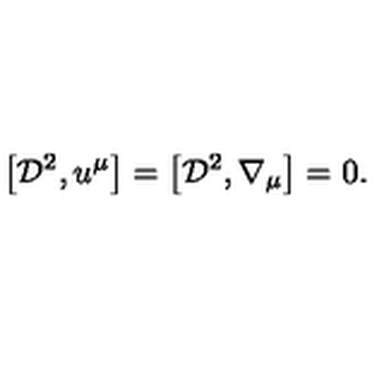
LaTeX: \left[ { \cal D } ^ { 2 } , u ^ { \mu } \right] = \left[ { \cal D } ^ { 2 } , \nabla _ { \mu } \right] = 0 .